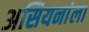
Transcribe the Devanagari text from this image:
असियनांला